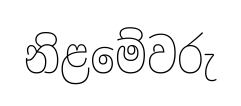
නිළමේවරු